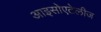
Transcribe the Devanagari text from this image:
आइसोएटेलीज